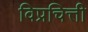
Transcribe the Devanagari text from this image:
विप्रचित्ती